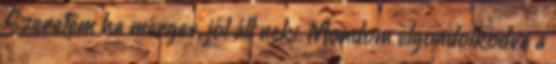
Szeretem ha mérges, jól áll neki. Mondom elgondolkodva a